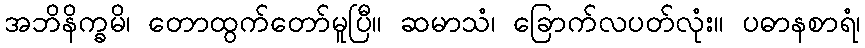
အဘိနိက္ခမိ၊ တောထွက်တော်မူပြီ။ ဆမာသံ၊ ခြောက်လပတ်လုံး။ ပဓာနစာရံ၊